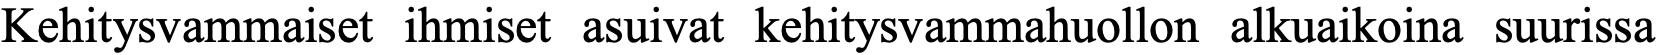
Kehitysvammaiset ihmiset asuivat kehitysvammahuollon alkuaikoina suurissa